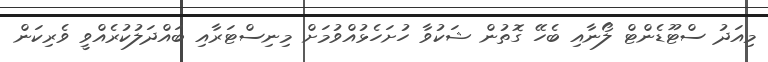
މިއަދު ސްޓޫޑެންޓް ލޯނާއި ބެހޭ ގޮތުން ޝަކުވާ ހުށަހެޅުއްވުމަށް މިނިސްޓަރާއި ބައްދަލުކުރެއްވީ ވެރިކަން